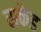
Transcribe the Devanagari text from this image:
सकेड